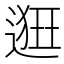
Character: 𨖢